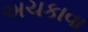
અચકાવા